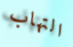
التهاب